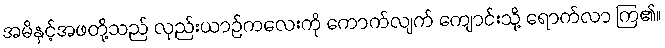
အမိနှင့်အဖတို့သည် လှည်းယာဉ်ကလေးကို ကောက်လျက် ကျောင်းသို့ ရောက်လာ ကြ၏။